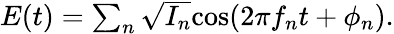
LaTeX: \begin{array}{r}{E(t)=\sum_{n}\sqrt{I_{n}}\mathrm{cos}(2\pi f_{n}t+\phi_{n}).}\end{array}